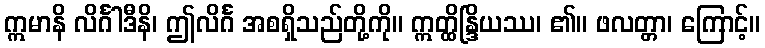
ဣမာနိ လိင်္ဂါဒီနိ၊ ဤလိင်္ဂ အစရှိသည်တို့ကို။ ဣတ္ထိန္ဒြိယဿ၊ ၏။ ဖလတ္တာ၊ ကြောင့်။